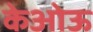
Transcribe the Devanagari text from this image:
केओऊ